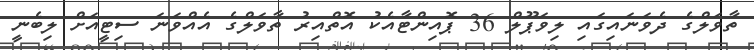
ތާވަލްގެ ދެވަނައިގައި ލިވަޕޫލް 36 ޕޮއިންޓާއެކު އޮތްއިރު ތާވަލްގެ އެއްވަނަ ސިޓީއަށް ލިބެނީ